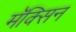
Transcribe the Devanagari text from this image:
मॅक्सिन